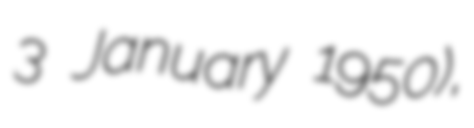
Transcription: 3 January 1950),